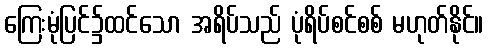
ကြေးမုံပြင်၌ထင်သော အရိပ်သည် ပုံရိပ်စင်စစ် မဟုတ်နိုင်။